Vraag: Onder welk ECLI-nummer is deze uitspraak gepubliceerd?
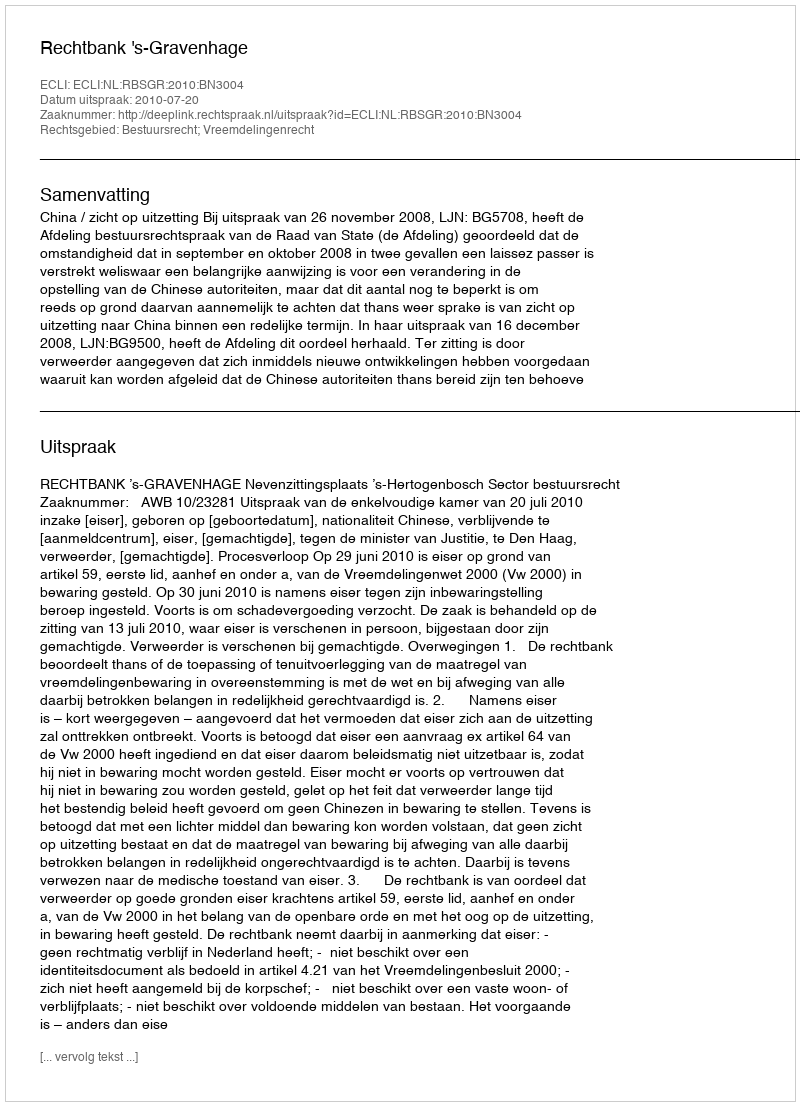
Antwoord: ECLI:NL:RBSGR:2010:BN3004